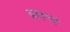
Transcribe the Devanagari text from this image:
ब्रह्मघ्नं